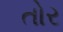
તોર